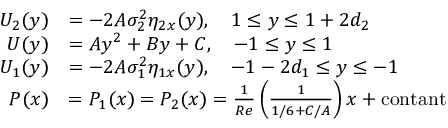
\begin{array} { r l } { { U } _ { 2 } ( y ) } & { = - 2 A \sigma _ { 2 } ^ { 2 } \eta _ { 2 x } ( y ) , \quad 1 \leq y \leq 1 + 2 d _ { 2 } } \\ { { U } ( y ) } & { = A y ^ { 2 } + B y + C , \quad - 1 \leq y \leq 1 } \\ { { U } _ { 1 } ( y ) } & { = - 2 A \sigma _ { 1 } ^ { 2 } \eta _ { 1 x } ( y ) , \quad - 1 - 2 d _ { 1 } \leq y \leq - 1 } \\ { P ( x ) } & { = P _ { 1 } ( x ) = P _ { 2 } ( x ) = \frac { 1 } { R e } \left( \frac { 1 } { 1 / 6 + C / A } \right) x + \mathrm { c o n t a n t } } \end{array}